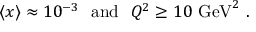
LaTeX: \langle x \rangle \approx 1 0 ^ { - 3 } ~ ~ \mathrm { a n d } ~ ~ Q ^ { 2 } \ge 1 0 ~ \mathrm { G e V } ^ { 2 } \ .